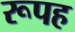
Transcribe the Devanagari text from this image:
रूपह